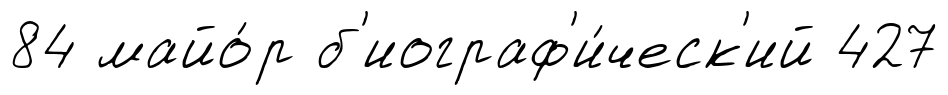
84 майо́р б'иограф'и́ческ'ий 427